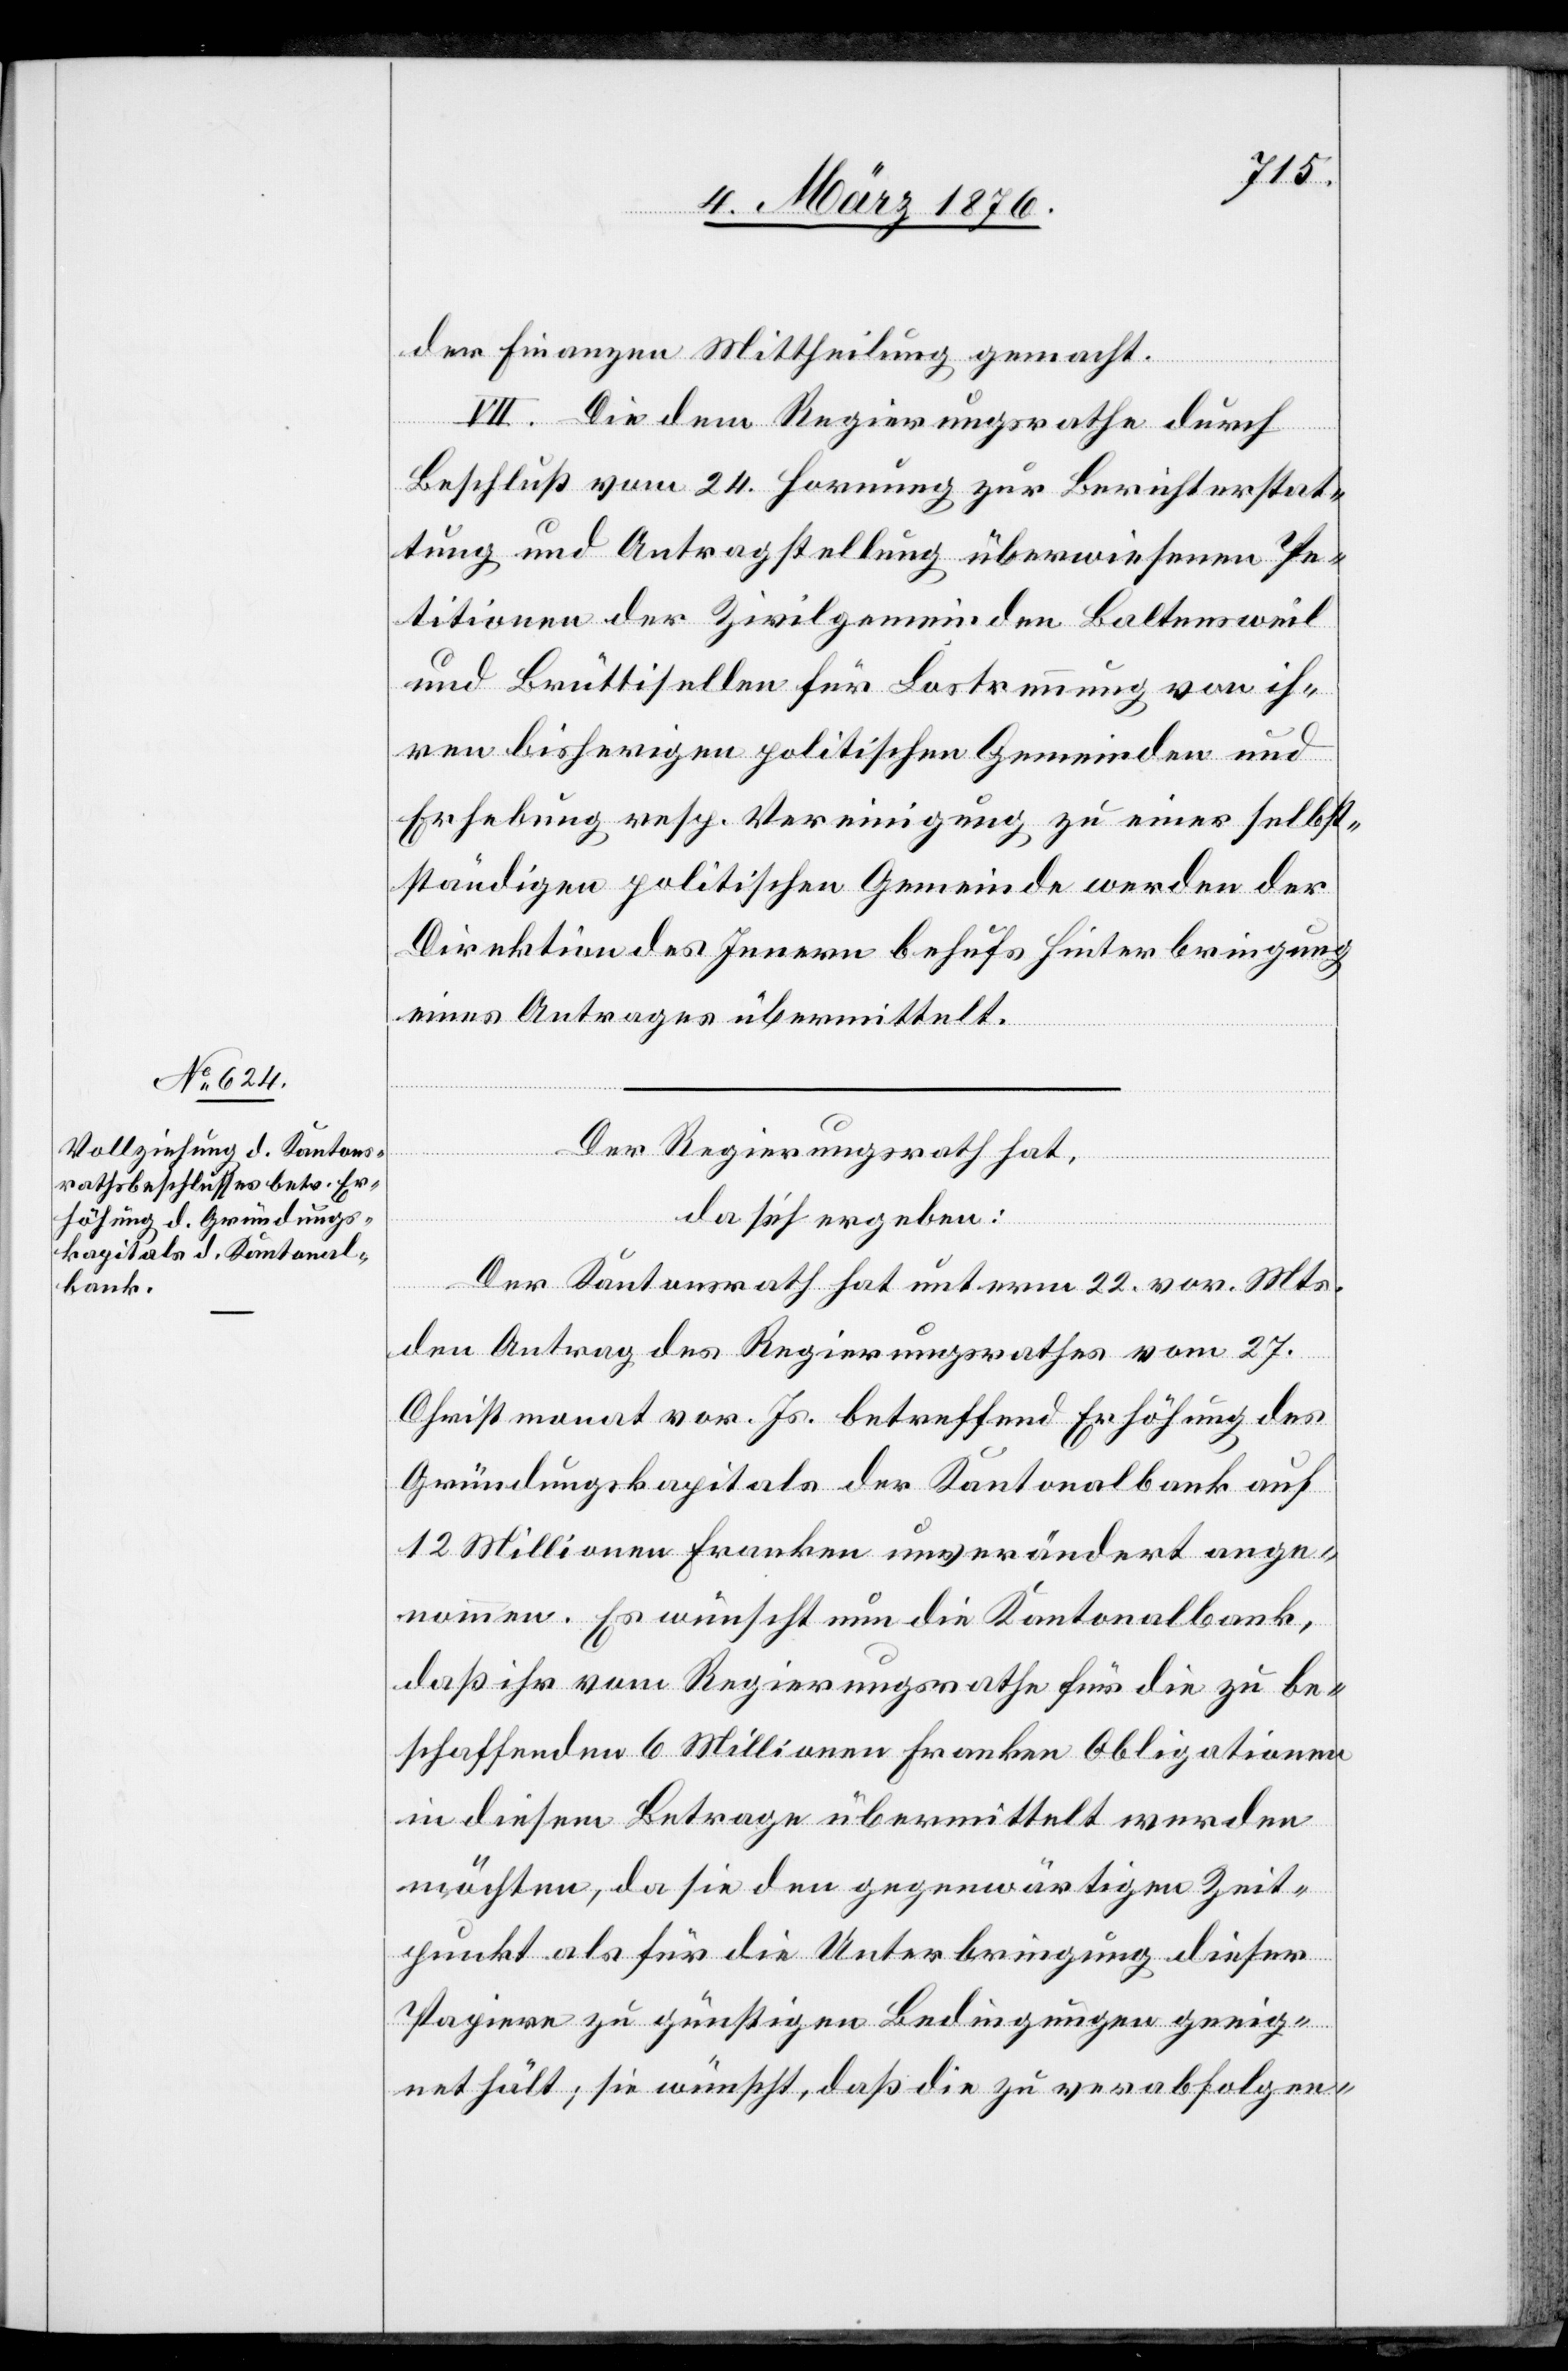
der Finanzen Mittheilung gemacht.
VII. Die dem Regierungsrathe durch
Beschluß vom 24. Hornung zur Berichterstat¬
tung und Antragstellung überwiesenen Pe¬
titionen der Zivilgemeinden Baltersweil
und Brüttisellen für Lostrennung von ih¬
ren bisherigen politischen Gemeinden und
Erhebung resp. Vereinigung zu einer selbst¬
ständigen politischen Gemeinde werden der
Direktion des Innern behufs Hinterbringung
eines Antrages übermittelt.
Der Regierungsrath hat,
da sich ergeben:
Der Kantonsrath hat unterm 22. vor. Mts.
den Antrag des Regierungsrathes vom 27.
Christmonat vor. Js. betreffend Erhöhung des
Gründungskapitals der Kantonalbank auf
12 Millionen Franken unverändert ange¬
nommen. Es wünscht nun die Kantonalbank,
daß ihr vom Regierungsrathe für die zu be¬
schaffenden 6 Millionen Franken Obligationen
in diesem Betrage übermittelt werden
möchten, da sie den gegenwärtigen Zeit¬
punkt als für die Unterbringung dieser
Papiere zu günstigen Bedingungen geeig¬
net hält; sie wünscht, daß die zu verabfolgen-